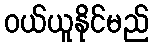
ဝယ်ယူနိုင်မည်